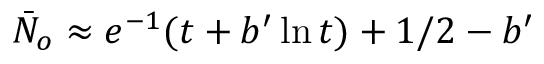
\bar { N } _ { o } \approx e ^ { - 1 } ( t + b ^ { \prime } \ln t ) + 1 / 2 - b ^ { \prime }